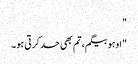
"
"اوہو بیگم، تم بھی حد کرتی ہو۔